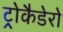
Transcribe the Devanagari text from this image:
ट्रोकैडेरो